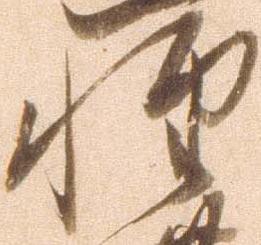
惶